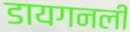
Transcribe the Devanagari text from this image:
डायगनली